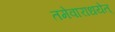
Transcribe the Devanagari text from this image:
तमेवाराधयेत्